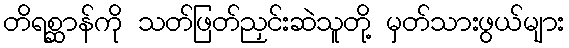
တိရစ္ဆာန်ကို သတ်ဖြတ်ညှင်းဆဲသူတို့ မှတ်သားဖွယ်များ